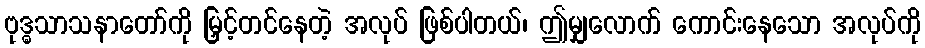
ဗုဒ္ဓသာသနာတော်ကို မြှင့်တင်နေတဲ့ အလုပ် ဖြစ်ပါတယ်၊ ဤမျှလောက် ကောင်းနေသော အလုပ်ကို